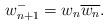
LaTeX: \begin{align*} w_{n+1}^{-}=w_n\overline{w_n}.\end{align*}